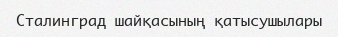
Сталинград шайқасының қатысушылары